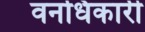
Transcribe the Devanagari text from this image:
वनधिकारी